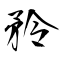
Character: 矝